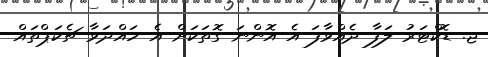
ޖ. ޑޮކްޓަރު ލަފާ ދެއްވާފަ އެ އޮންނަ ގޮތަކަށް އެ ހައްދަވާ ޗެކަޕްތައް